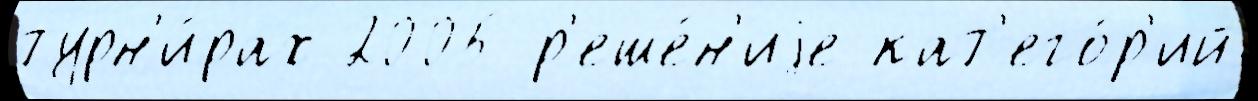
турн'и́рах 2005 р'еше́н'иjе кат'его́р'ий